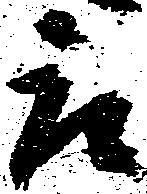
被